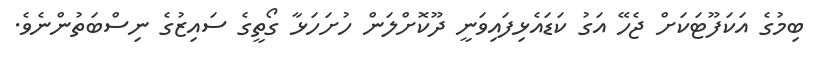
ބިމުގެ އަކަފޫޓަކަށް ޖެހޭ އަގު ކަޑައެޅިފައިވަނީ ދޫކޮށްލަން ހުށަހަޅާ ގޯތީގެ ސައިޒުގެ ނިސްބަތުންނެވެ.